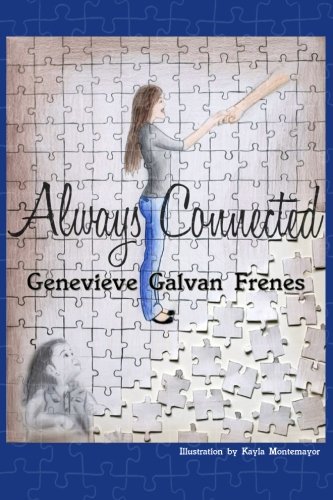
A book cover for Always Connected; Genevieve Frenes; Christian Books & Bibles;